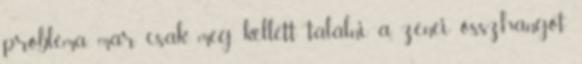
probléma, már csak meg kellett találni a zenei összhangot.